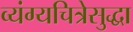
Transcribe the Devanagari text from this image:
व्यंग्यचित्रेसुद्धा